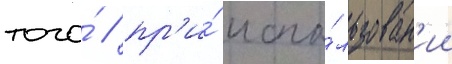
того́ / пр'и́ испо́льзован'ии